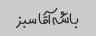
باشه آقا سبز